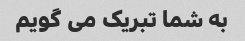
به شما تبریک می گویم